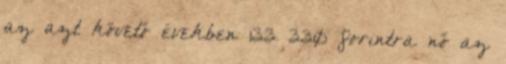
az azt követő években 133 330 forintra nő az